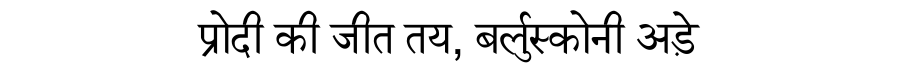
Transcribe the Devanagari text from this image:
प्रोदी की जीत तय, बर्लुस्कोनी अड़े